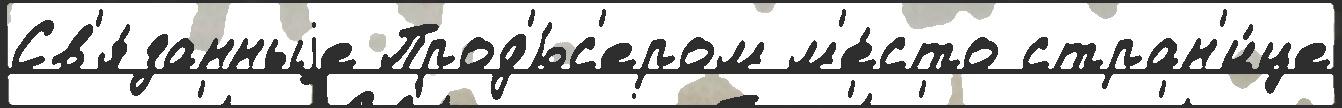
Св'я́занныjе Прод'ю́с'ером м'е́сто стран'и́це